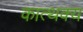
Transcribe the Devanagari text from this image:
कात्थक्य